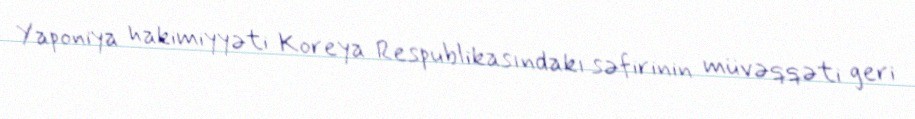
Yaponiya hakimiyyəti Koreya Respublikasındakı səfirinin müvəqqəti geri